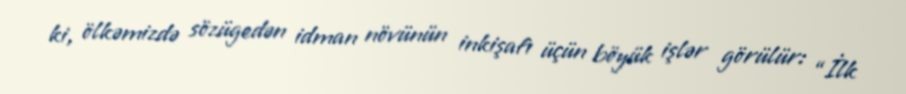
ki, ölkəmizdə sözügedən idman növünün inkişafı üçün böyük işlər görülür: “İlk